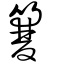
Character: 䉶